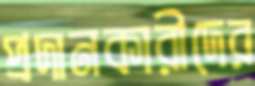
প্রদানকারীদের